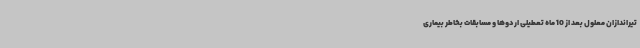
تیراندازان معلول بعد از 10 ماه تعطیلی اردوها و مسابقات بخاطر بیماری